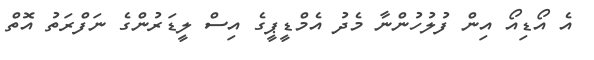
އެ އޯޑިއޯ އިން ފުލުހުންނާ މެދު އެމްޑީޕީގެ އިސް ލީޑަރުންގެ ނަފްރަތު އޮތް